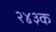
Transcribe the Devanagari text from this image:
२४३क